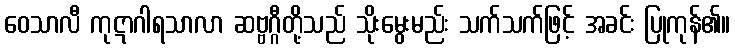
ဝေသာလီ ကုဋာဂါရသာလာ ဆဗ္ဗဂ္ဂီတို့သည် သိုးမွေးမည်း သက်သက်ဖြင့် အခင်း ပြုကုန်၏။